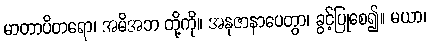
မာတာပိတရော၊ အမိအဘ တို့ကို။ အနုဇာနာပေတွာ၊ ခွင့်ပြုစေ၍။ မယာ၊